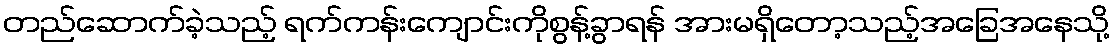
တည်ဆောက်ခဲ့သည့် ရက်ကန်းကျောင်းကိုစွန့်ခွာရန် အားမရှိတော့သည့်အခြေအနေသို့